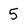
Character: 5